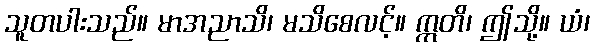
သူတပါးသည်။ မာအညာသိ၊ မသိစေလင့်။ ဣတိ၊ ဤသို့။ ယံ၊